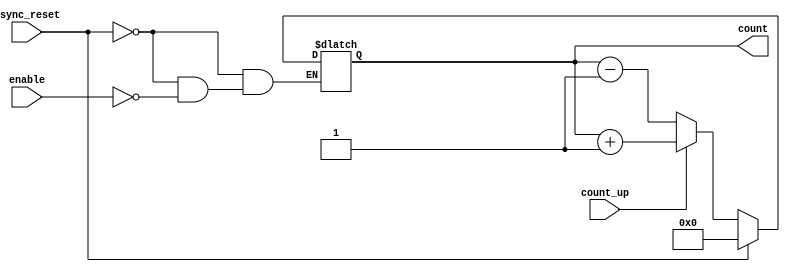
module dynamic_asynchronous_counter (
    input wire enable,        // Enable signal to start counting
    input wire async_reset,   // Asynchronous reset signal
    input wire count_up,      // Control signal for counting up
    output reg [3:0] count     // 4-bit output for the counter
);

    // Asynchronous Reset and Counting Logic
    always @(*) begin
        if (async_reset) begin
            count = 4'b0000; // Reset counter to 0
        end
        else if (enable) begin
            if (count_up) begin
                count = count + 1; // Incrementing the counter
            end
            else begin
                count = count - 1; // Decrementing the counter (optional)
            end
        end
    end

endmodule